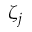
\zeta _ { j }